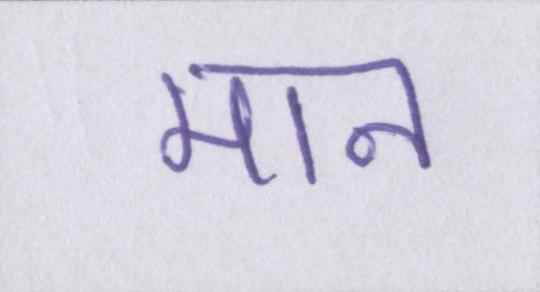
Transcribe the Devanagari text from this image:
मान